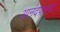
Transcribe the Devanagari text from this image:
आनंदपालचा